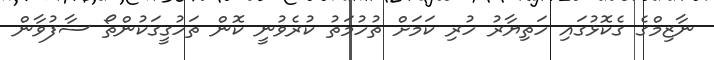
ނާޒިމްގެ ގެކޮޅުގައި ހަތިޔާރު ހުރި ކަމަށް ތުހުމަތު ކުރެވުނީ ކޮން ތަހުގީގަކުންތޯ ސާފުވާން